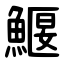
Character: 鰋